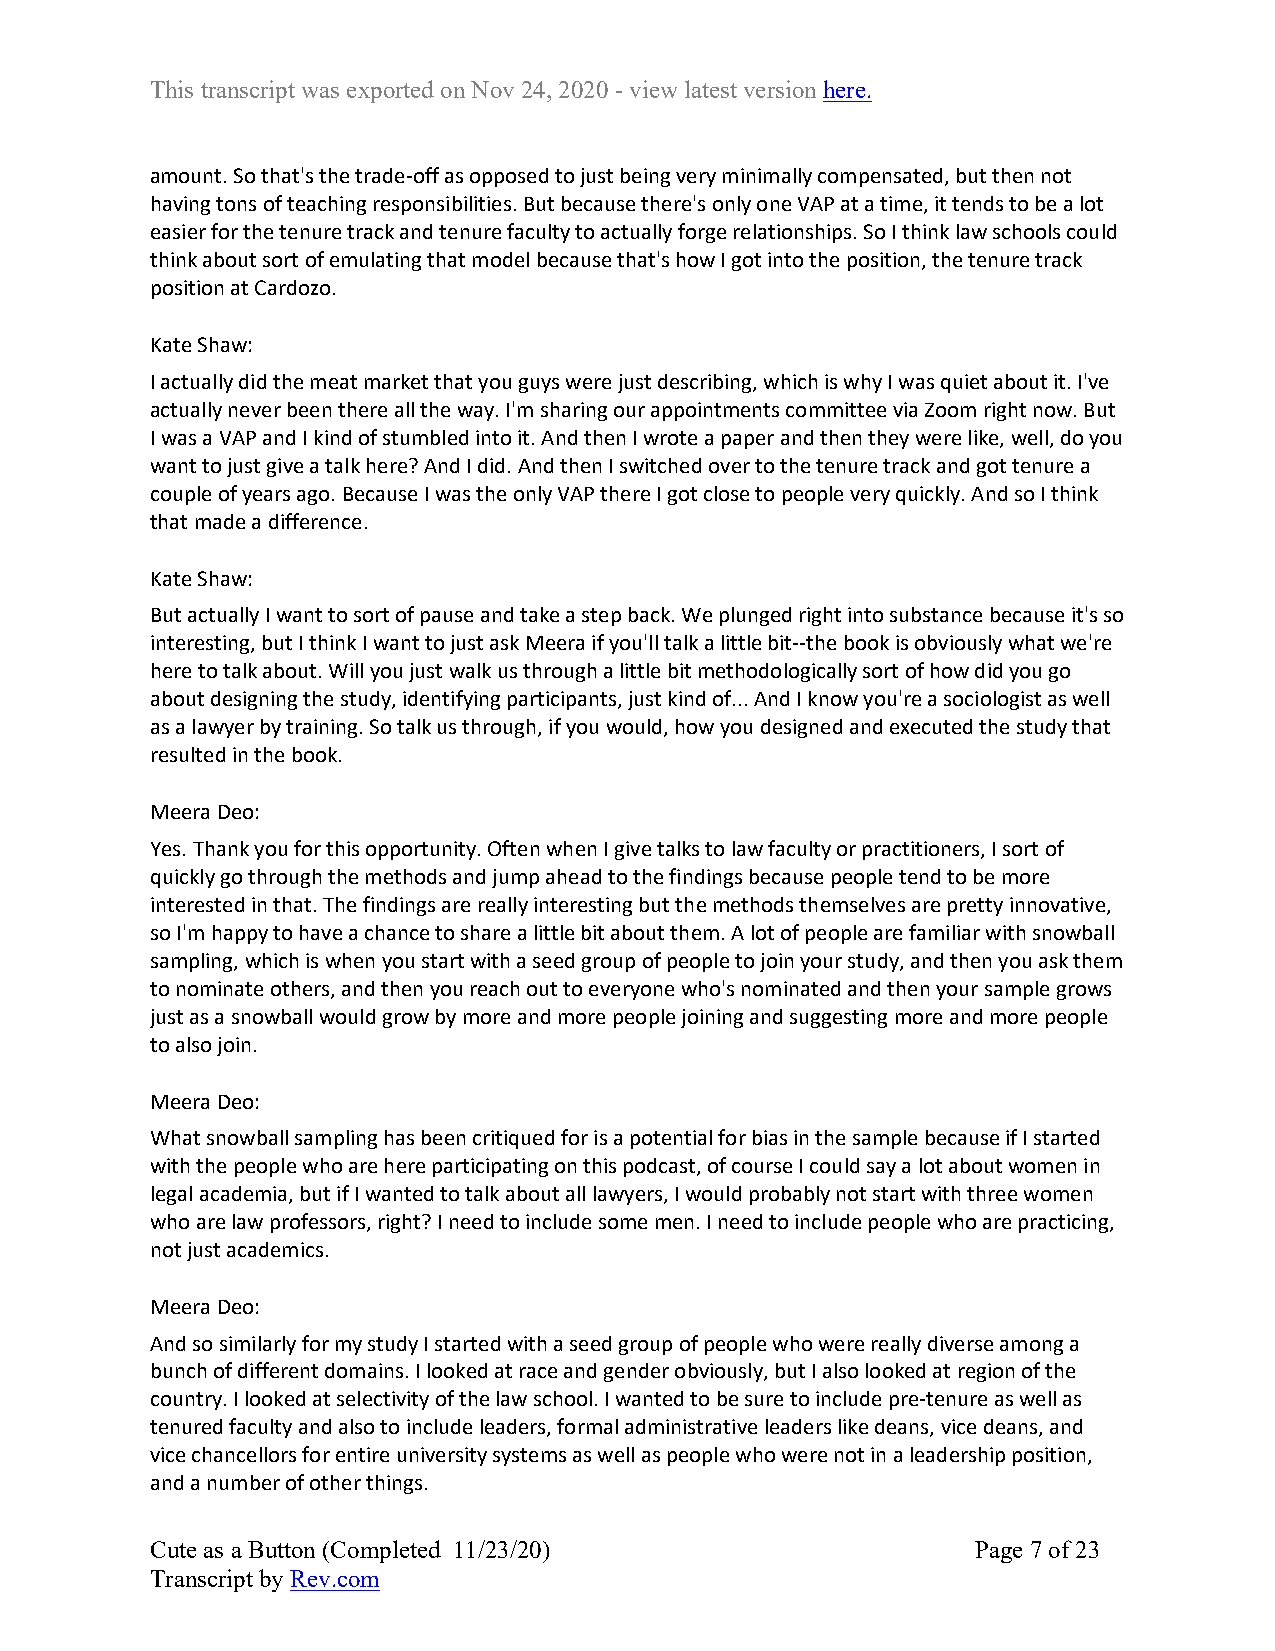
This transcript was exported on Nov 24, 2020 - view latest version here.
 amount. So that's the trade-off as opposed to just being very minimally compensated, but then not
 having tons of teaching responsibilities. But because there's only one VAP at a time, it tends to be a lot
 easier for the tenure track and tenure faculty to actually forge relationships. So I think law schools could
 think about sort of emulating that model because that's how I got into the position, the tenure track
 position at Cardozo.
 Kate Shaw:
 I actually did the meat market that you guys were just describing, which is why I was quiet about it. I've
 actually never been there all the way. I'm sharing our appointments committee via Zoom right now. But
 I was a VAP and I kind of stumbled into it. And then I wrote a paper and then they were like, well, do you
 want to just give a talk here? And I did. And then I switched over to the tenure track and got tenure a
 couple of years ago. Because I was the only VAP there I got close to people very quickly. And so I think
 that made a difference.
 Kate Shaw:
 But actually I want to sort of pause and take a step back. We plunged right into substance because it's so
 interesting, but I think I want to just ask Meera if you'll talk a little bit--the book is obviously what we're
 here to talk about. Will you just walk us through a little bit methodologically sort of how did you go
 about designing the study, identifying participants, just kind of... And I know you're a sociologist as well
 as a lawyer by training. So talk us through, if you would, how you designed and executed the study that
 resulted in the book.
 Meera Deo:
 Yes. Thank you for this opportunity. Often when I give talks to law faculty or practitioners, I sort of
 quickly go through the methods and jump ahead to the findings because people tend to be more
 interested in that. The findings are really interesting but the methods themselves are pretty innovative,
 so I'm happy to have a chance to share a little bit about them. A lot of people are familiar with snowball
 sampling, which is when you start with a seed group of people to join your study, and then you ask them
 to nominate others, and then you reach out to everyone who's nominated and then your sample grows
 just as a snowball would grow by more and more people joining and suggesting more and more people
 to also join.
 Meera Deo:
 What snowball sampling has been critiqued for is a potential for bias in the sample because if I started
 with the people who are here participating on this podcast, of course I could say a lot about women in
 legal academia, but if I wanted to talk about all lawyers, I would probably not start with three women
 who are law professors, right? I need to include some men. I need to include people who are practicing,
 not just academics.
 Meera Deo:
 And so similarly for my study I started with a seed group of people who were really diverse among a
 bunch of different domains. I looked at race and gender obviously, but I also looked at region of the
 country. I looked at selectivity of the law school. I wanted to be sure to include pre-tenure as well as
 tenured faculty and also to include leaders, formal administrative leaders like deans, vice deans, and
 vice chancellors for entire university systems as well as people who were not in a leadership position,
 and a number of other things.
 Cute as a Button (Completed 11/23/20)                  Page 7 of 23
 Transcript by Rev.com